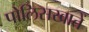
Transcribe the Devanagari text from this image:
पोलिसखातें